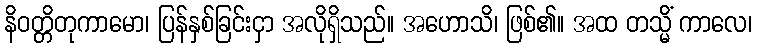
နိဝတ္တိတုကာမော၊ ပြန်နှစ်ခြင်းငှာ အလိုရှိသည်။ အဟောသိ၊ ဖြစ်၏။ အထ တသ္မိံ ကာလေ၊